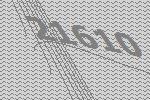
21610